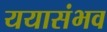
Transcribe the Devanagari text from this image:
ययासंभव